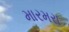
મારમરા